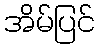
အိမ်ပြင်